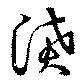
濆